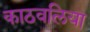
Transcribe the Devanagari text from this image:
काठवलिया